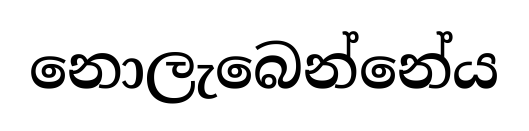
නොලැබෙන්නේය